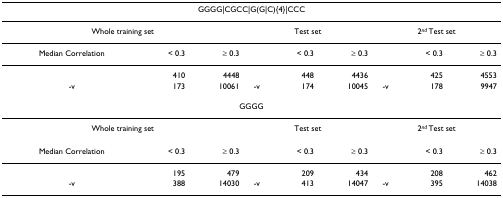
| <COLSPAN=9> GGGG|CGCC|G(G|C){4}|CCC |
 | --- | --- | --- | --- | --- | --- | --- | --- | --- |
 | <COLSPAN=3> Whole training set | <COLSPAN=3> Test set | <COLSPAN=3> 2nd Test set |
 | Median Correlation | < 0.3 | ≥ 0.3 |  | < 0.3 | ≥ 0.3 |  | < 0.3 | ≥ 0.3 |
 |  | 410 | 4448 |  | 448 | 4436 |  | 425 | 4553 |
 | -v | 173 | 10061 | -v | 174 | 10045 | -v | 178 | 9947 |
 | <COLSPAN=9> GGGG |
 | <COLSPAN=3> Whole training set | <COLSPAN=3> Test set | <COLSPAN=3> 2nd Test set |
 | Median Correlation | < 0.3 | ≥ 0.3 |  | < 0.3 | ≥ 0.3 |  | < 0.3 | ≥ 0.3 |
 |  | 195 | 479 |  | 209 | 434 |  | 208 | 462 |
 | -v | 388 | 14030 | -v | 413 | 14047 | -v | 395 | 14038 |